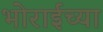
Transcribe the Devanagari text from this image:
भोराईच्या